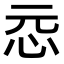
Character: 𫹵